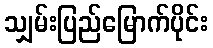
သျှမ်းပြည်မြောက်ပိုင်း